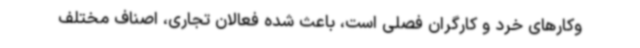
وکارهای خرد و کارگران فصلی است، باعث شده فعالان تجاری، اصناف مختلف